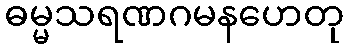
ဓမ္မသရဏဂမနဟေတု